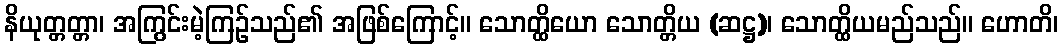
နိယုတ္တတ္တာ၊ အကြွင်းမဲ့ကြဉ်သည်၏ အဖြစ်ကြောင့်။ သောတ္ထိယော သောတ္တိယ (ဆဋ္ဌ)၊ သောတ္ထိယမည်သည်။ ဟောတိ၊